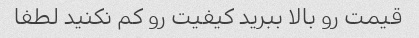
قیمت رو بالا ببرید کیفیت رو کم نکنید لطفا